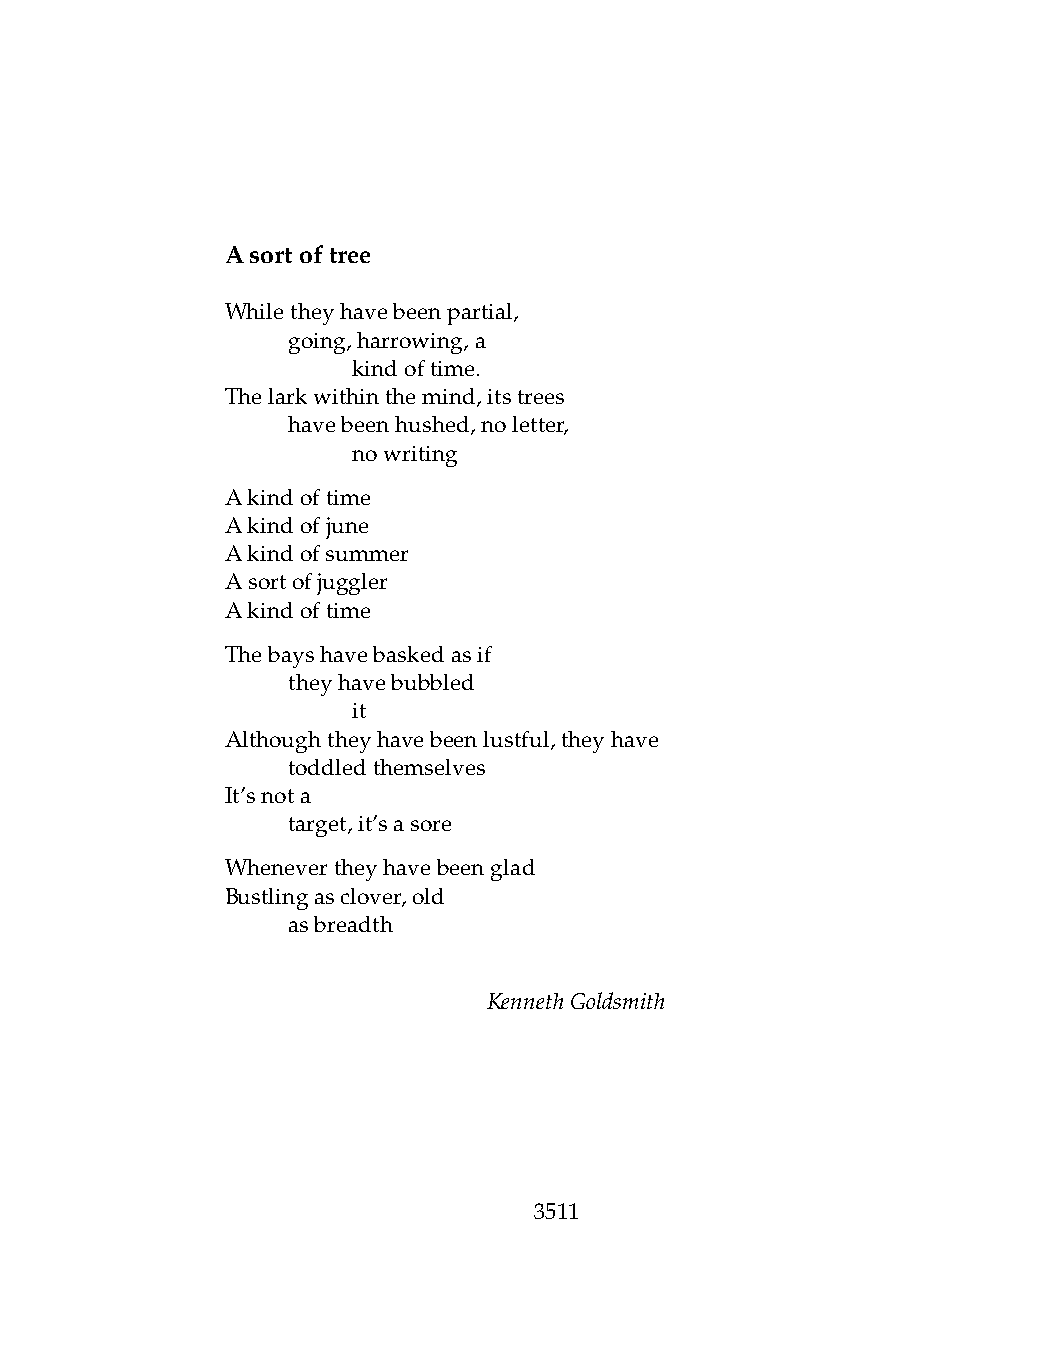
Asortoftree
 Whiletheyhavebeenpartial,
 .   going,harrowing,a
 .   .   kindoftime.
 Thelarkwithinthemind,itstrees
 .   havebeenhushed,noletter,
 .   .   nowriting
 Akindoftime
 Akindofjune
 Akindofsummer
 Asortofjuggler
 Akindoftime
 Thebayshavebaskedasif
 .   theyhavebubbled
 .   .   it
 Althoughtheyhavebeenlustful,theyhave
 .   toddledthemselves
 It’snota
 .   target,it’sasore
 Whenevertheyhavebeenglad
 Bustlingasclover,old
 .   asbreadth
 KennethGoldsmith
 3511